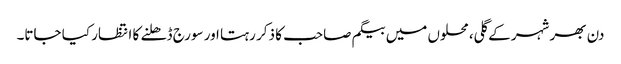
دن بھر شہر کے گلی، محلوں میں بیگم صاحب کا ذکر رہتا اور سورج ڈھلنے کا انتظار کیا جاتا۔